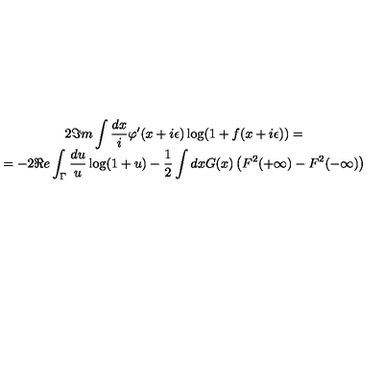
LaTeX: \begin{array} { c } { 2 \Im m \displaystyle \int \displaystyle \frac { d x } { i } \varphi ^ { \prime } ( x + i \epsilon ) \log ( 1 + f ( x + i \epsilon ) ) = } \\ { = - 2 \Re e \displaystyle \int _ { \Gamma } \displaystyle \frac { d u } { u } \log ( 1 + u ) - \displaystyle \frac { 1 } { 2 } \displaystyle \int d x G ( x ) \left( F ^ { 2 } ( + \infty ) - F ^ { 2 } ( - \infty ) \right) } \\ \end{array}